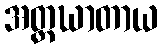
အတ္တဃာတာယ